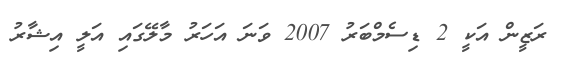
ރަޒީން އަކީ 2 ޑިސެމްބަރު 2007 ވަނަ އަހަރު މާލޭގައި އަލީ އިޝާރު